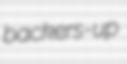
backers-up